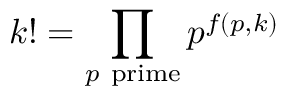
k ! = \prod _ { p { \mathrm { ~ p r i m e } } } p ^ { f ( p , k ) }